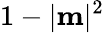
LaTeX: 1-|\mathbf{m}|^{2}